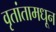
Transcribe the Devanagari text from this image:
वृतांतामधून